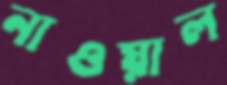
নাওয়াল